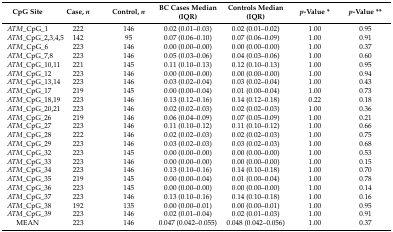
<table><thead><tr><td><b>CpG Site</b></td><td><b>Case, <i>n</i></b></td><td><b>Control, <i>n</i></b></td><td><b>BC Cases Median (IQR)</b></td><td><b>Controls Median (IQR)</b></td><td><b><i>p</i>-Value *</b></td><td><b><i>p</i>-Value **</b></td></tr></thead><tbody><tr><td><i>ATM</i>_CpG_1</td><td>222</td><td>146</td><td>0.02 (0.01–0.03)</td><td>0.02 (0.01–0.02)</td><td>1.00</td><td>0.95</td></tr><tr><td><i>ATM</i>_CpG_2,3,4,5</td><td>142</td><td>95</td><td>0.07 (0.06–0.10)</td><td>0.07 (0.06–0.09)</td><td>1.00</td><td>0.91</td></tr><tr><td><i>ATM</i>_CpG_6</td><td>223</td><td>146</td><td>0.00 (0.00–0.00)</td><td>0.00 (0.00–0.00)</td><td>1.00</td><td>0.37</td></tr><tr><td><i>ATM</i>_CpG_7,8</td><td>223</td><td>146</td><td>0.05 (0.03–0.06)</td><td>0.04 (0.03–0.06)</td><td>1.00</td><td>0.60</td></tr><tr><td><i>ATM</i>_CpG_10,11</td><td>221</td><td>145</td><td>0.11 (0.10–0.13)</td><td>0.12 (0.10–0.13)</td><td>1.00</td><td>0.95</td></tr><tr><td><i>ATM</i>_CpG_12</td><td>223</td><td>146</td><td>0.00 (0.00–0.00)</td><td>0.00 (0.00–0.00)</td><td>1.00</td><td>0.94</td></tr><tr><td><i>ATM</i>_CpG_13,14</td><td>223</td><td>146</td><td>0.03 (0.02–0.04)</td><td>0.03 (0.02–0.04)</td><td>1.00</td><td>0.43</td></tr><tr><td><i>ATM</i>_CpG_17</td><td>219</td><td>145</td><td>0.00 (0.00–0.04)</td><td>0.01 (0.00–0.04)</td><td>1.00</td><td>0.73</td></tr><tr><td><i>ATM</i>_CpG_18,19</td><td>223</td><td>146</td><td>0.13 (0.12–0.16)</td><td>0.14 (0.12–0.18)</td><td>0.22</td><td>0.18</td></tr><tr><td><i>ATM</i>_CpG_20,21</td><td>223</td><td>146</td><td>0.02 (0.02–0.03)</td><td>0.02 (0.02–0.03)</td><td>1.00</td><td>0.36</td></tr><tr><td><i>ATM</i>_CpG_26</td><td>219</td><td>146</td><td>0.06 (0.04–0.09)</td><td>0.07 (0.05–0.09)</td><td>1.00</td><td>0.21</td></tr><tr><td><i>ATM</i>_CpG_27</td><td>223</td><td>146</td><td>0.11 (0.10–0.12)</td><td>0.11 (0.10–0.12)</td><td>1.00</td><td>0.66</td></tr><tr><td><i>ATM</i>_CpG_28</td><td>222</td><td>146</td><td>0.02 (0.02–0.03)</td><td>0.02 (0.02–0.03)</td><td>1.00</td><td>0.75</td></tr><tr><td><i>ATM</i>_CpG_29</td><td>223</td><td>146</td><td>0.03 (0.02–0.03)</td><td>0.03 (0.02–0.03)</td><td>1.00</td><td>0.68</td></tr><tr><td><i>ATM</i>_CpG_32</td><td>223</td><td>145</td><td>0.00 (0.00–0.00)</td><td>0.00 (0.00–0.00)</td><td>1.00</td><td>0.53</td></tr><tr><td><i>ATM</i>_CpG_33</td><td>223</td><td>146</td><td>0.00 (0.00–0.00)</td><td>0.00 (0.00–0.00)</td><td>1.00</td><td>0.15</td></tr><tr><td><i>ATM</i>_CpG_34</td><td>223</td><td>146</td><td>0.13 (0.10–0.16)</td><td>0.14 (0.10–0.18)</td><td>1.00</td><td>0.70</td></tr><tr><td><i>ATM</i>_CpG_35</td><td>219</td><td>145</td><td>0.00 (0.00–0.04)</td><td>0.01 (0.00–0.04)</td><td>1.00</td><td>0.78</td></tr><tr><td><i>ATM</i>_CpG_36</td><td>223</td><td>145</td><td>0.00 (0.00–0.00)</td><td>0.00 (0.00–0.00)</td><td>1.00</td><td>0.14</td></tr><tr><td><i>ATM</i>_CpG_37</td><td>223</td><td>146</td><td>0.13 (0.10–0.16)</td><td>0.14 (0.10–0.18)</td><td>1.00</td><td>0.16</td></tr><tr><td><i>ATM</i>_CpG_38</td><td>192</td><td>135</td><td>0.00 (0.00–0.01)</td><td>0.00 (0.00–0.01)</td><td>1.00</td><td>0.95</td></tr><tr><td><i>ATM</i>_CpG_39</td><td>223</td><td>146</td><td>0.02 (0.01–0.04)</td><td>0.02 (0.01–0.03)</td><td>1.00</td><td>0.91</td></tr><tr><td>MEAN</td><td>223</td><td>146</td><td>0.047 (0.042–0.055)</td><td>0.048 (0.042–0.056)</td><td>1.00</td><td>0.37</td></tr></tbody></table>